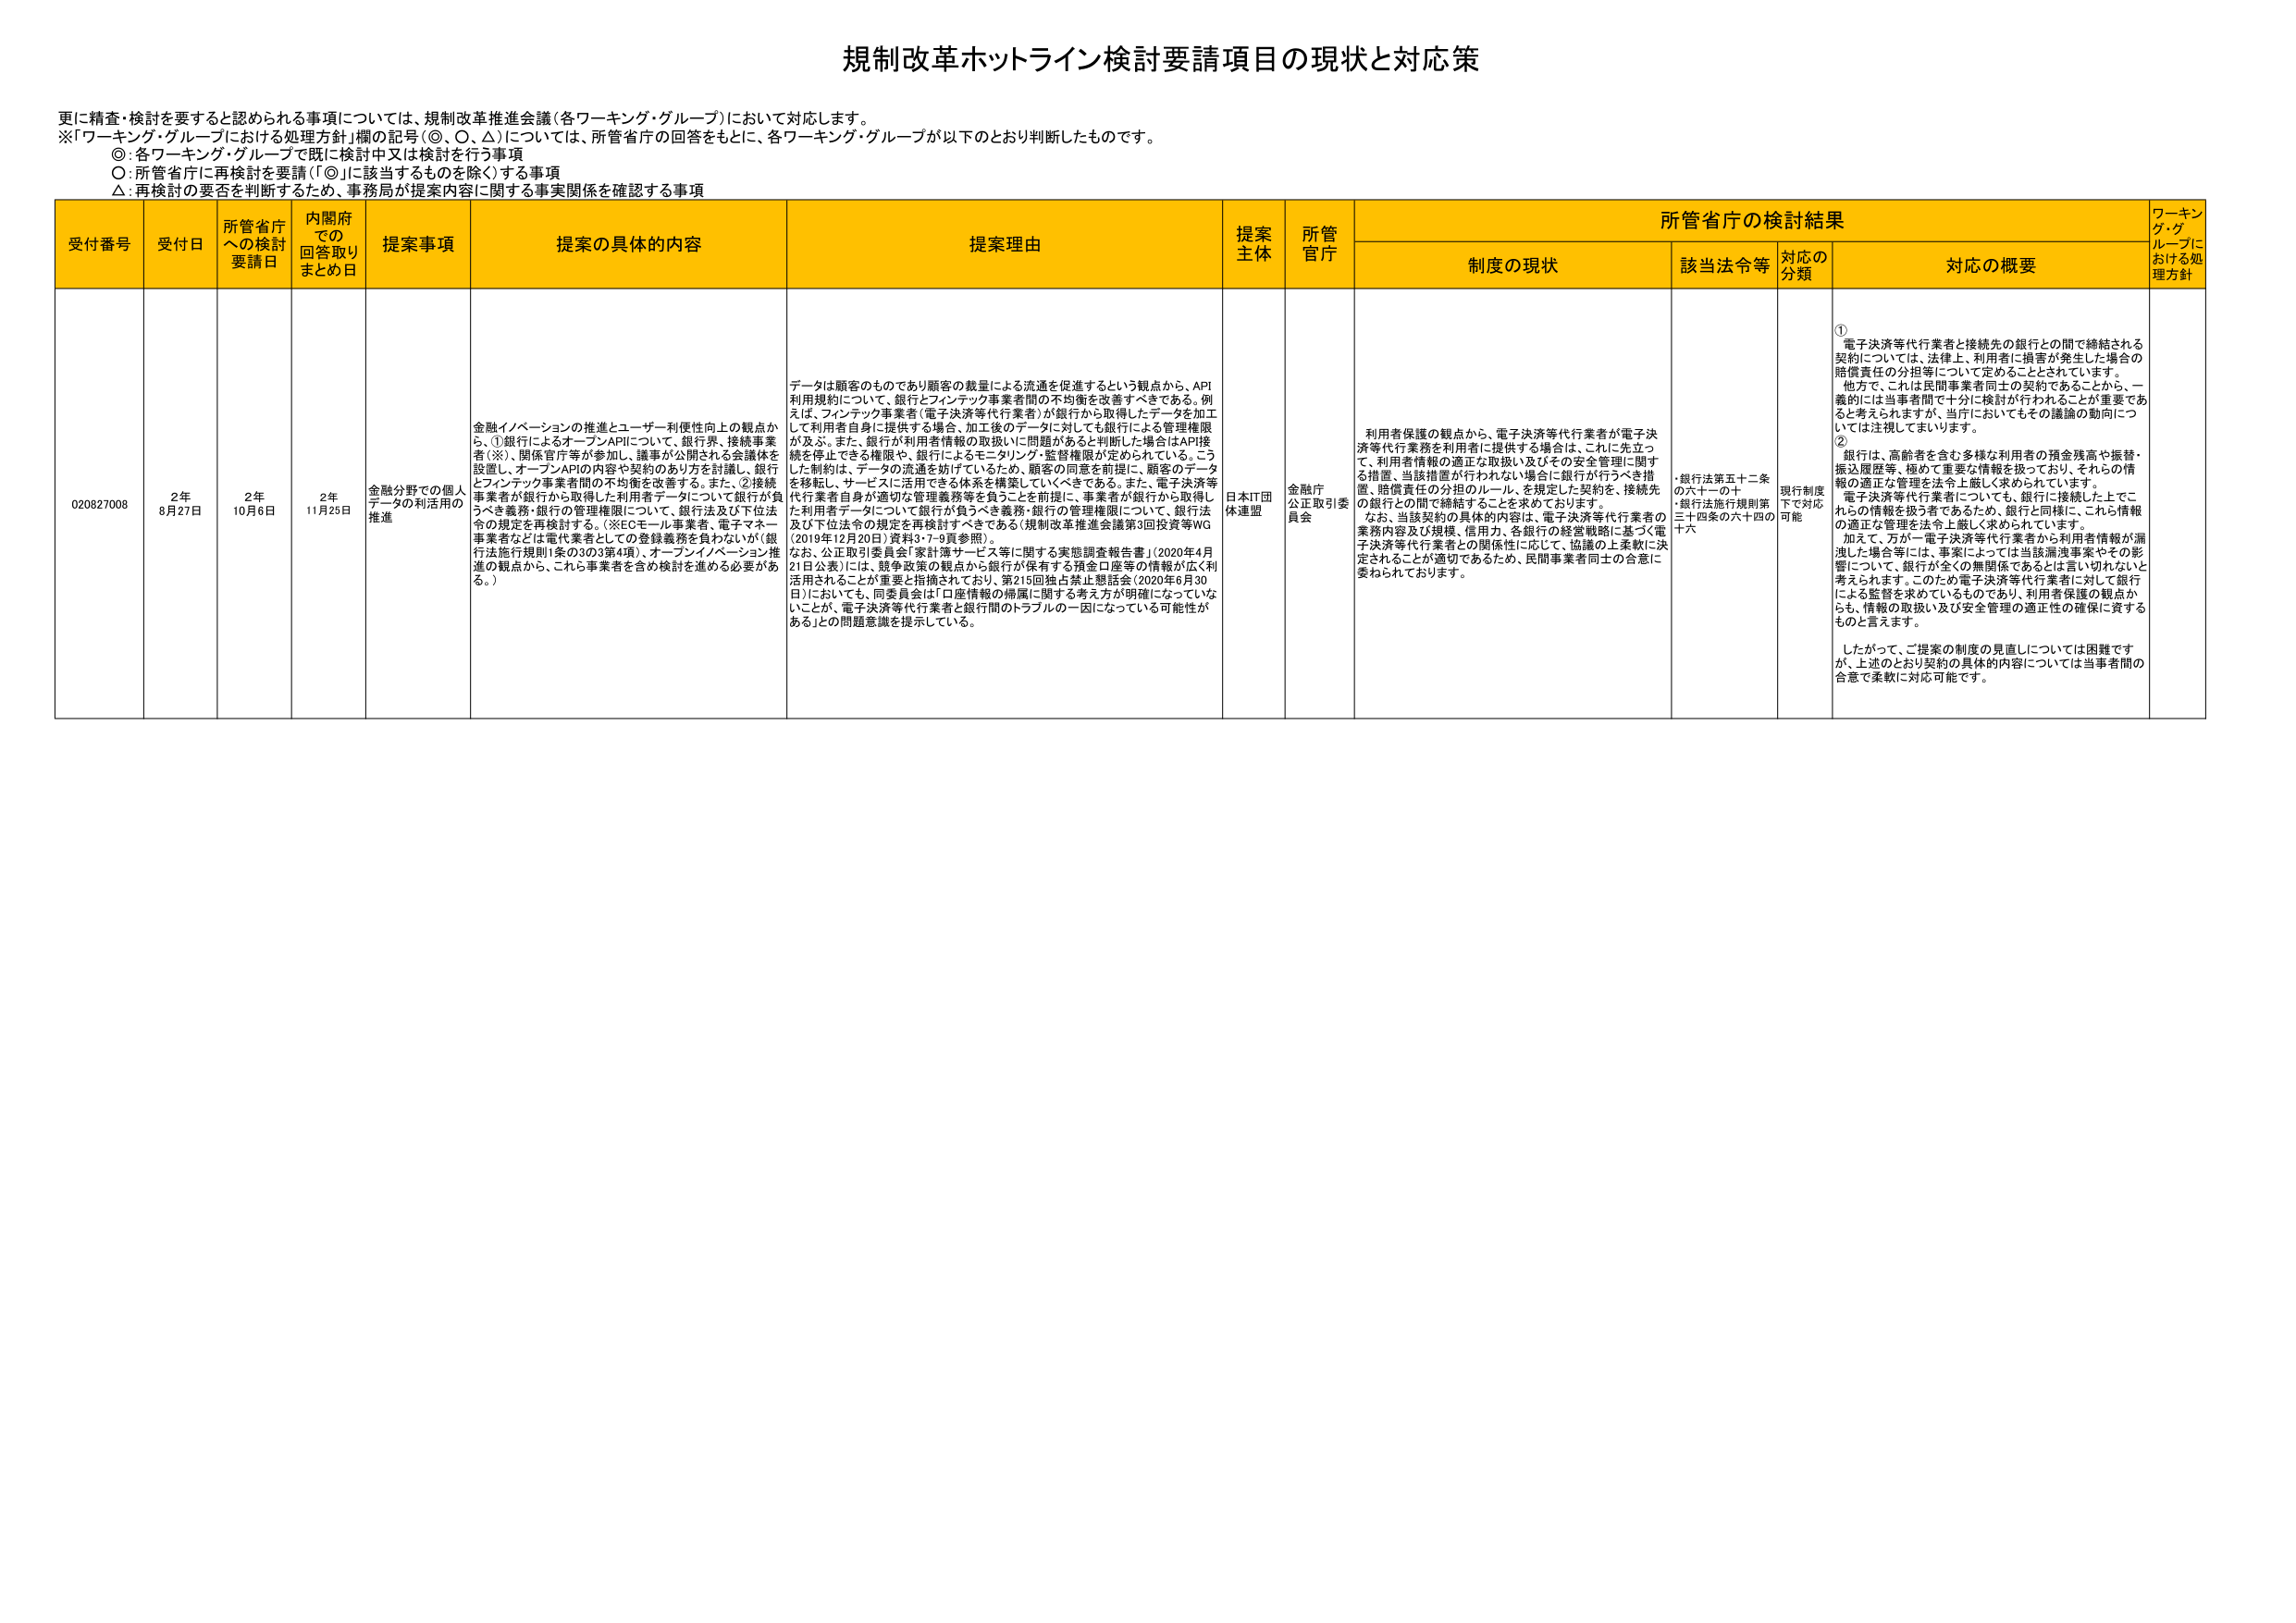
規制改革ホットライン検討要請項目の現状と対応策

更に精査・検討を要すると認められる事項については、規制改革推進会議（各ワーキング・グループ）において対応します。
※「ワーキング・グループにおける処理方針」欄の記号（◎、○、△）については、所管省庁の回答をもとに、各ワーキング・グループが以下のとおり判断したものです。
◎：各ワーキング・グループで既に検討中又は検討を行う事項
○：所管省庁に再検討を要請（「◎」に該当するものを除く）する事項
△：再検討の要否を判断するため、事務局が提案内容に関する事実関係を確認する事項

受付番号　受付日　所管省庁への検討要請日　内閣府での回答取りまとめ日　提案事項　提案の具体的内容　提案理由　提案主体　所管官庁　所管省庁の検討結果　ワーキング・グループにおける処理方針
　　　　　　制度の現状　　該当法令等　対応の分類　対応の概要

020827008　2年8月27日　2年10月6日　2年11月25日　金融分野での個人データの利活用の推進　金融イノベーションの推進とユーザー利便性向上の観点から、①銀行によるオープンAPIについて、銀行界、接続事業者（※）、関係官庁等が参加し、議事が公開される会議体を設置し、オープンAPIの内容や契約のあり方を討議し、銀行とフィンテック事業者間の不均衡を改善する。また、②接続事業者が銀行から取得した利用者データについて銀行が負うべき義務・銀行の管理権限について、銀行法及び下位法令の規定を再検討する。（※ECモール事業者、電子マネー事業者などは電代業者としての登録義務を負わないが（銀行法施行規則1条の3の3第4項）、オープンイノベーション推進の観点から、これら事業者を含め検討を進める必要がある。）　データは顧客のものであり顧客の裁量による流通を促進するという観点から、API利用規約について、銀行とフィンテック事業者間の不均衡を改善すべきである。例えば、フィンテック事業者（電子決済等代行業者）が銀行から取得したデータを加工して利用者自身に提供する場合、加工後のデータに対しても銀行による管理権限が及ぶ。また、銀行が利用者情報の取扱いに問題があると判断した場合はAPI接続を停止できる権限や、銀行によるモニタリング・監督権限が定められている。こうした制約は、データの流通を妨げているため、顧客の同意を前提に、顧客のデータを移転し、サービスに活用できる体系を構築していくべきである。また、電子決済等代行業者自身が適切な管理義務等を負うことを前提に、事業者が銀行から取得した利用者データについて銀行が負うべき義務・銀行の管理権限について、銀行法及び下位法令の規定を再検討すべきである（規制改革推進会議第3回投資等WG（2019年12月20日）資料3-7-9頁参照）。なお、公正取引委員会「家計簿サービス等に関する実態調査報告書」（2020年4月21日公表）には、競争政策の観点から銀行が保有する預金口座等の情報が広く利活用されることが重要と指摘されており、第215回独占禁止懸談会（2020年6月30日）においても、同委員会は「口座情報の帰属に関する考え方が明確になっていないことが、電子決済等代行業者と銀行間のトラブルの一因になっている可能性がある」との問題意識を提示している。　日本IT団体連盟　金融庁公正取引委員会　利用者保護の観点から、電子決済等代行業者が電子決済等代行業務を利用者に提供する場合は、これに先立って、利用者情報の適正な取扱い及びその安全管理に関する措置、当該措置が行われない場合に銀行が行うべき措置、賠償責任の分担のルール、を規定した契約を、接続先の銀行との間で締結することを求めております。なお、当該契約の具体的内容は、電子決済等代行業者の業務内容及び規模、信用力、各銀行の経営戦略に基づく電子決済等代行業者との関係性に応じて、協議の上柔軟に決定されることが適切であるため、民間事業者同士の合意に委ねられております。　・銀行法第五十二条の六十一の十・銀行法施行規則第三十四条の六十四の十六　現行制度下で対応可能　①電子決済等代行業者と接続先の銀行との間で締結される契約については、法律上、利用者に損害が発生した場合の賠償責任の分担等について定めることとされています。他方で、これは民間事業者同士の契約であることから、一義的には当事者間で十分に検討が行われることが重要であると考えられますが、当行においてもその議論の動向については注視してまいります。②銀行は、高齢者を含む多様な利用者の預金残高や振替・振込履歴等、極めて重要な情報を扱っており、それらの情報の適正な管理を法令上厳しく求められています。電子決済等代行業者についても、銀行に接続した上でこれらの情報を扱う者であるため、銀行と同様に、これら情報の適正な管理を法令上厳しく求められています。加えて、万が一電子決済等代行業者から利用者情報が漏洩した場合等には、事案によっては当該漏洩事案やその影響について、銀行が全くの無関係であるとは言い切れないと考えられます。このため電子決済等代行業者に対して銀行による監督を求めているものであり、利用者保護の観点からも、情報の取扱い及び安全管理の適正性の確保に資するものと言えます。したがって、ご提案の制度の見直しについては困難ですが、上述のとおり契約の具体的内容については当事者間の合意で柔軟に対応可能です。